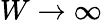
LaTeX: W\to\infty